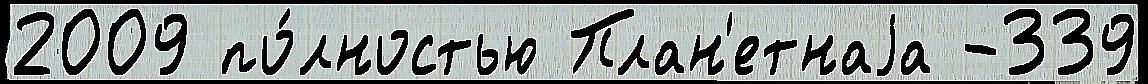
2009 по́лностью План'етнаjа -339